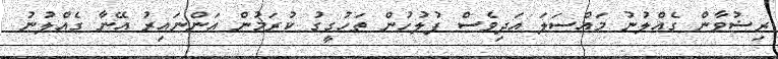
ރިޟުވާން ގެއްލުނު މައްސަލަ އަދިވެސް ފުލުހުން ތަހުގީގު ކުރަމުން އަންނައިރު އޭނާ ގެއްލުނު